Vaccination in Bombay 1869-1873 - 1869-1873
Year: 1869
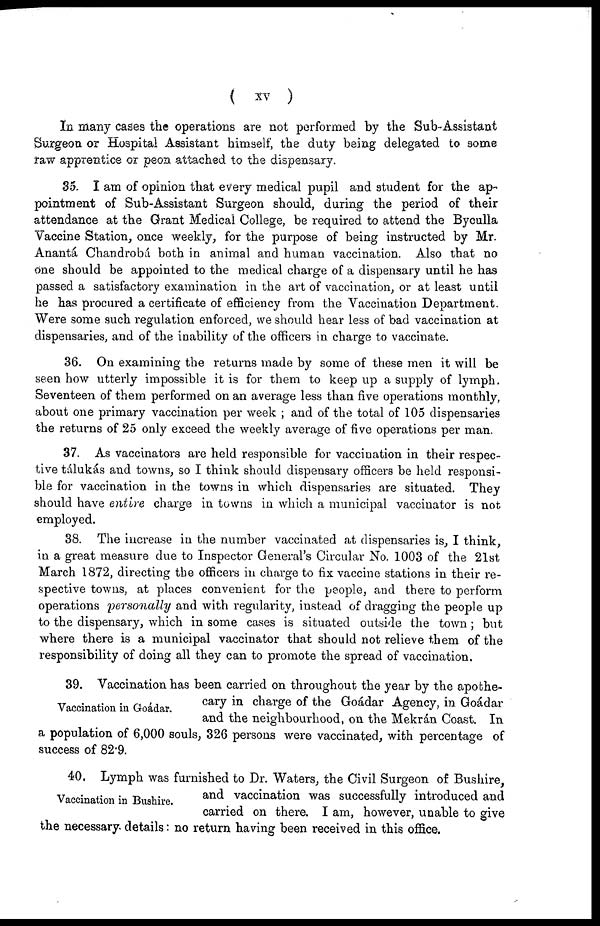
(
xv
)
In many cases the operations are not performed by the Sub-Assistant
Surgeon or Hospital Assistant himself, the duty being delegated to some
raw apprentice or peon attached to the dispensary.
35. I am of opinion that every medical pupil and student for the ap-
pointment of Sub-Assistant Surgeon should, during the period of their
attendance at the Grant Medical College, be required to attend the Byculla
Vaccine Station, once weekly, for the purpose of being instructed by Mr.
Anantá Chandrobá both in animal and human vaccination. Also that no
one should be appointed to the medical charge of a dispensary until he has
passed a satisfactory examination in the art of vaccination, or at least until
he has procured a certificate of efficiency from the Vaccination Department.
Were some such regulation enforced, we should hear less of bad vaccination at
dispensaries, and of the inability of the officers in charge to vaccinate.
36. On examining the returns made by some of these men it will be
seen how utterly impossible it is for them to keep up a supply of lymph.
Seventeen of them performed on an average less than five operations monthly,
about one primary vaccination per week ; and of the total of 105 dispensaries
the returns of 25 only exceed the weekly average of five operations per man.
37. As vaccinators are held responsible for vaccination in their respec-
tive tálukás and towns, so I think should dispensary officers be held responsi-
ble for vaccination in the towns in which dispensaries are situated. They
should have entire charge in towns in which a municipal vaccinator is not
employed.
38. The increase in the number vaccinated at dispensaries is, I think,
in a great measure due to Inspector General's Circular No. 1003 of the 21st
March 1872, directing the officers in charge to fix vaccine stations in their re-
spective towns, at places convenient for the people, and there to perform
operations personally and with regularity, instead of dragging the people up
to the dispensary, which in some cases is situated outside the town; but
where there is a municipal vaccinator that should not relieve them of the
responsibility of doing all they can to promote the spread of vaccination.
Vaccination in Goádar.
39. Vaccination has been carried on throughout the year by the apothe-
cary in charge of the Goádar Agency, in Goádar
and the neighbourhood, on the Mekrán Coast. In
a population of 6,000 souls, 326 persons were vaccinated, with percentage of
success of 82.9.
Vaccination in Bushire.
40. Lymph was furnished to Dr. Waters, the Civil Surgeon of Bushire,
and vaccination was successfully introduced and
carried on there. I am, however, unable to give
the necessary. details: no return having been received in this office.